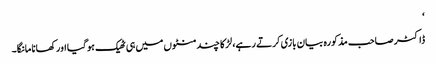
‘
ڈاکٹر صاحب مذکورہ بیان بازی کرتے رہے، لڑکا چند منٹوں میں ہی ٹھیک ہو گیا اور کھانا مانگا۔